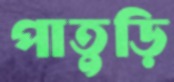
পাতুড়ি